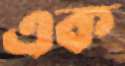
এক